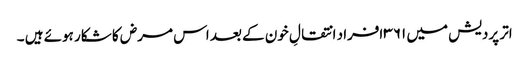
اتر پردیش میں ۳۶۱ افراد انتقالِ خون کے بعد اس مرض کا شکار ہوئے ہیں ۔